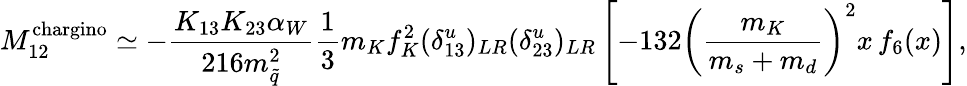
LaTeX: M_{12}^{\mathrm{chargino}}\simeq-\frac{K_{13}K_{23}\alpha_{W}}{216m_{\tilde{q}}^{2}}\frac{1}{3}m_{K}f_{K}^{2}(\delta_{13}^{u})_{LR}(\delta_{23}^{u})_{LR}\left[-132\left(\frac{m_{K}}{m_{s}+m_{d}}\right)^{2}x\, f_{6}(x)\right],